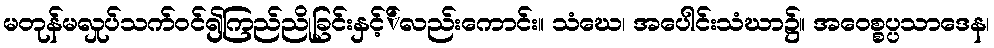
မတုန်မလှုပ်သက်ဝင်၍ကြည်ညိုခြင်းနှင့််လည်းကောင်း။ သံဃေ၊ အပေါင်းသံဃာ၌။ အဝေစ္စပ္ပသာဒေန၊